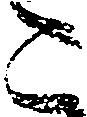
こ